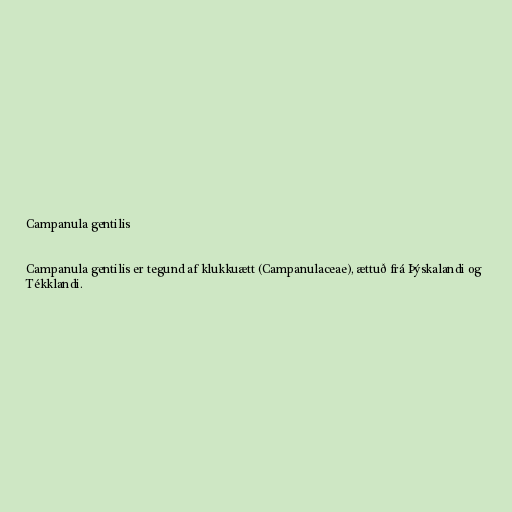
Campanula gentilis

Campanula gentilis er tegund af klukkuætt (Campanulaceae), ættuð frá Þýskalandi og
Tékklandi.